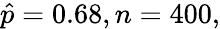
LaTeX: {\hat{p}}=0.68,n=400,